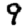
Digit: 9